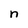
Character: n